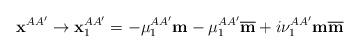
LaTeX: \begin{align*}\mathbf{x}^{AA^{\prime}}\rightarrow\mathbf{x}_{1}^{AA^{\prime}}=-\mu_{1}^{AA^{\prime}}\mathbf{m}-\mu_{1}^{AA^{\prime}}\overline{\mathbf{m}}+i\nu_{1}^{AA^{\prime}}\mathbf{m}\overline{\mathbf{m}}\end{align*}